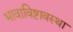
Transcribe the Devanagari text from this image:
भावाविष्टावस्था